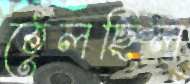
ঠেলছিল